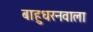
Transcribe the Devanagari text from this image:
बाहुधरनवाला